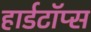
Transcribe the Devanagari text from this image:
हार्डटॉप्स